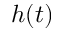
h ( t )